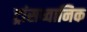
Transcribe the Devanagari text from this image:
ट्रांसध्वानिक